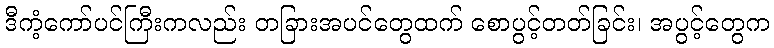
ဒီကံ့ကော်ပင်ကြီးကလည်း တခြားအပင်တွေထက် စောပွင့်တတ်ခြင်း၊ အပွင့်တွေက